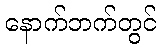
နောက်ဘက်တွင်